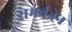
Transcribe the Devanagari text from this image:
समर्चनेन